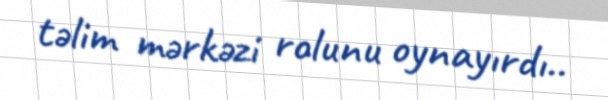
təlim mərkəzi rolunu oynayırdı..